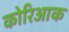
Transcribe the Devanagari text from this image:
कोरिआक